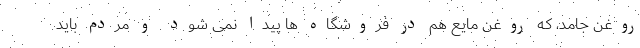
روغن جامد، که روغن مایع هم در فروشگاه ها پیدا نمی شود و مردم باید